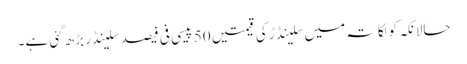
حالانکہ کولکاتہ میں سلینڈڑ کی قیمتیں 50 پیسی فی فیصد سلینڈر بڑھ گئی ہے۔